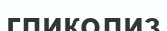
гликолиз